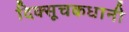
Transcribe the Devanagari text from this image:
दिक्सूचकधानी